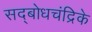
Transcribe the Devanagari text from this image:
सद्बोधचंद्रिके